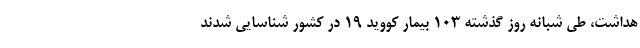
هداشت، طی شبانه روز گذشته ۱۰۳ بیمار کووید ۱۹ در کشور شناسایی شدند